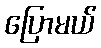
ပြောမယ်